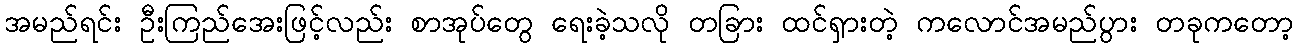
အမည်ရင်း ဦးကြည်အေးဖြင့်လည်း စာအုပ်တွေ ရေးခဲ့သလို တခြား ထင်ရှားတဲ့ ကလောင်အမည်ပွား တခုကတော့